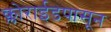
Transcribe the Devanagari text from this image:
क्लोराईडपासून